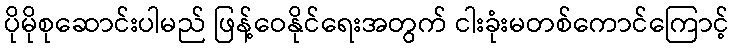
ပိုမိုစုဆောင်းပါမည် ဖြန့်ဝေနိုင်ရေးအတွက် ငါးခုံးမတစ်ကောင်ကြောင့်